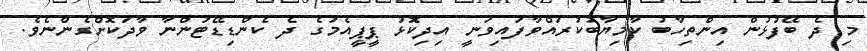
މި ދެ ބޭފުޅުން އިންތިހާބު ކާމިޔާބުކުރައްވާފައިވަނީ އިދިކޮޅު ޕީޕީއެމުގެ ދެ ކެންޑިޑޭޓުންނާ ވާދަކޮށްގެންނެވެ.